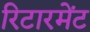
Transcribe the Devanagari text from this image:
रिटारमेंट